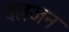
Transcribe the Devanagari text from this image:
बलजन